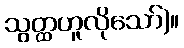
သွတ္ထဟူလိုသော်)။